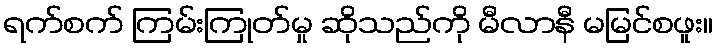
ရက်စက် ကြမ်းကြုတ်မှု ဆိုသည်ကို မီလာနီ မမြင်စဖူး။